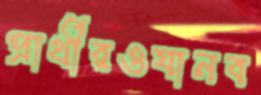
প্রার্থীরওযানব